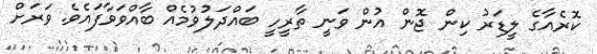
ކޮރެއާގެ ލީޑަރު ކިން ޖޮން އުން ވަނީ ތާރީހީ ބައްދަލުވުމެއް ބާއްވަވާފައެވެ. ވަރަށް